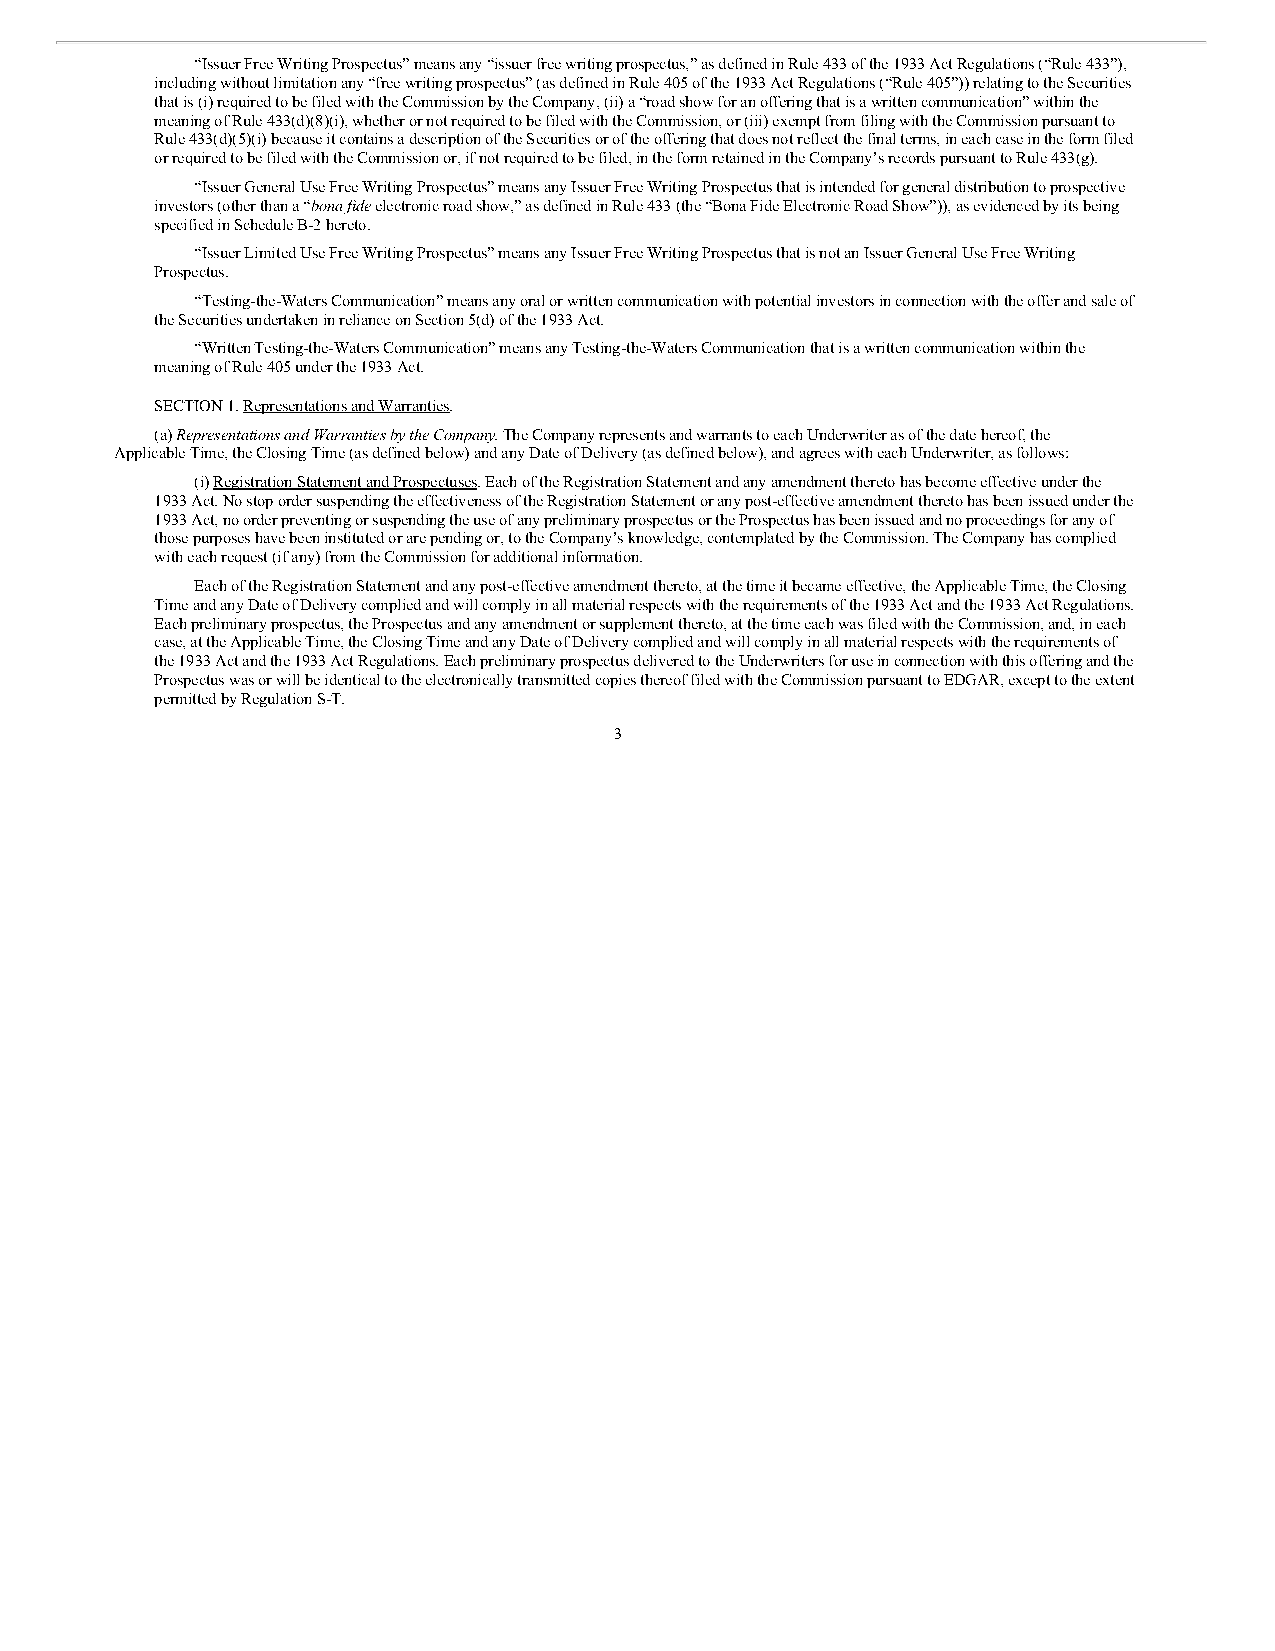
“Issuer Free Writing Prospectus” means any “issuer free writing prospectus,” as defined in Rule 433 of the 1933 Act Regulations (“Rule 433”),
 including without limitation any “free writing prospectus” (as defined in Rule 405 of the 1933 Act Regulations (“Rule 405”)) relating to the Securities
 that is (i) required to be filed with the Commission by the Company, (ii) a “road show for an offering that is a written communication” within the
 meaning of Rule 433(d)(8)(i), whether or not required to be filed with the Commission, or (iii) exempt from filing with the Commission pursuant to
 Rule 433(d)(5)(i) because it contains a description of the Securities or of the offering that does not reflect the final terms, in each case in the form filed
 or required to be filed with the Commission or, if not required to be filed, in the form retained in the Company’s records pursuant to Rule 433(g).
 “Issuer General Use Free Writing Prospectus” means any Issuer Free Writing Prospectus that is intended for general distribution to prospective
 investors (other than a “bona fide electronic road show,” as defined in Rule 433 (the “Bona Fide Electronic Road Show”)), as evidenced by its being
 specified in Schedule B-2 hereto.
 “Issuer Limited Use Free Writing Prospectus” means any Issuer Free Writing Prospectus that is not an Issuer General Use Free Writing
 Prospectus.
 “Testing-the-Waters Communication” means any oral or written communication with potential investors in connection with the offer and sale of
 the Securities undertaken in reliance on Section 5(d) of the 1933 Act.
 “Written Testing-the-Waters Communication” means any Testing-the-Waters Communication that is a written communication within the
 meaning of Rule 405 under the 1933 Act.
 SECTION 1. Representations and Warranties.
 (a) Representations and Warranties by the Company. The Company represents and warrants to each Underwriter as of the date hereof, the
 Applicable Time, the Closing Time (as defined below) and any Date of Delivery (as defined below), and agrees with each Underwriter, as follows:
 (i) Registration Statement and Prospectuses. Each of the Registration Statement and any amendment thereto has become effective under the
 1933 Act. No stop order suspending the effectiveness of the Registration Statement or any post-effective amendment thereto has been issued under the
 1933 Act, no order preventing or suspending the use of any preliminary prospectus or the Prospectus has been issued and no proceedings for any of
 those purposes have been instituted or are pending or, to the Company’s knowledge, contemplated by the Commission. The Company has complied
 with each request (if any) from the Commission for additional information.
 Each of the Registration Statement and any post-effective amendment thereto, at the time it became effective, the Applicable Time, the Closing
 Time and any Date of Delivery complied and will comply in all material respects with the requirements of the 1933 Act and the 1933 Act Regulations.
 Each preliminary prospectus, the Prospectus and any amendment or supplement thereto, at the time each was filed with the Commission, and, in each
 case, at the Applicable Time, the Closing Time and any Date of Delivery complied and will comply in all material respects with the requirements of
 the 1933 Act and the 1933 Act Regulations. Each preliminary prospectus delivered to the Underwriters for use in connection with this offering and the
 Prospectus was or will be identical to the electronically transmitted copies thereof filed with the Commission pursuant to EDGAR, except to the extent
 permitted by Regulation S-T.
 3